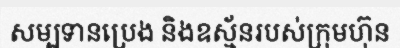
សម្បទានប្រេង និងឧស្ម័នរបស់ក្រុមហ៊ុន